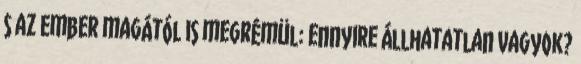
s az ember magától is megrémül: ennyire állhatatlan vagyok?